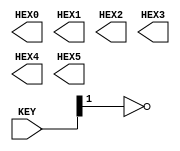
module exercise_2(
	input  [0:1] KEY, 
	output [7:0] HEX0, 
	output [7:0] HEX1, 
	output [7:0] HEX2, 
	output [7:0] HEX3, 
	output [7:0] HEX4, 
	output [7:0] HEX5	
);
genvar i;
generate 
	for(i = 0; i < 6; i=i+1)
	begin: bday
		case(i)
		0: assign HEX0[5] = ~KEY[0],  HEX0[2] = ~KEY[0], HEX0[7] = ~KEY[0];
		1: assign HEX1[6] = ~KEY[0], HEX1[7] = ~KEY[0];
		2: assign HEX2[1] = ~KEY[0], HEX2[4] = ~KEY[0];
		3: assign HEX3[6] = ~KEY[0], HEX3[2] = ~KEY[0], HEX3[7] = ~KEY[0];
		4: assign HEX4[3] = ~KEY[0], HEX4[4] = ~KEY[0], HEX4[5] = ~KEY[0], HEX4[6] = ~KEY[0];
		5: assign HEX5[6] = ~KEY[0],  HEX5[7] = ~KEY[0];
		endcase
	end
endgenerate
endmodule